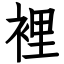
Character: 裡